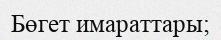
Бөгет имараттары;